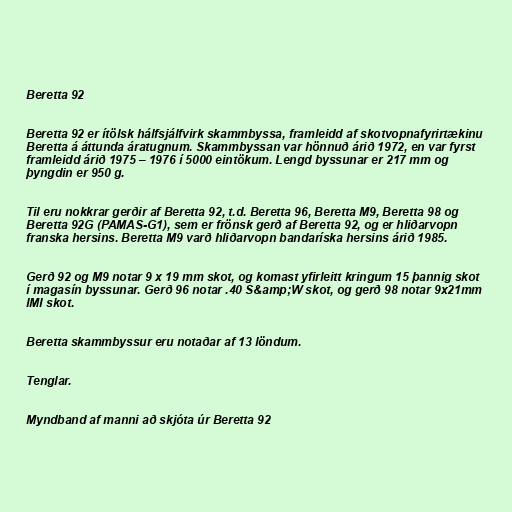
Beretta 92

Beretta 92 er ítölsk hálfsjálfvirk skammbyssa, framleidd af skotvopnafyrirtækinu
Beretta á áttunda áratugnum. Skammbyssan var hönnuð árið 1972, en var fyrst
framleidd árið 1975 – 1976 í 5000 eintökum. Lengd byssunar er 217 mm og
þyngdin er 950 g.

Til eru nokkrar gerðir af Beretta 92, t.d. Beretta 96, Beretta M9, Beretta 98 og
Beretta 92G (PAMAS-G1), sem er frönsk gerð af Beretta 92, og er hliðarvopn
franska hersins. Beretta M9 varð hliðarvopn bandaríska hersins árið 1985.

Gerð 92 og M9 notar 9 x 19 mm skot, og komast yfirleitt kringum 15 þannig skot
í magasín byssunar. Gerð 96 notar .40 S&amp;W skot, og gerð 98 notar 9x21mm
IMI skot.

Beretta skammbyssur eru notaðar af 13 löndum.

Tenglar.

Myndband af manni að skjóta úr Beretta 92